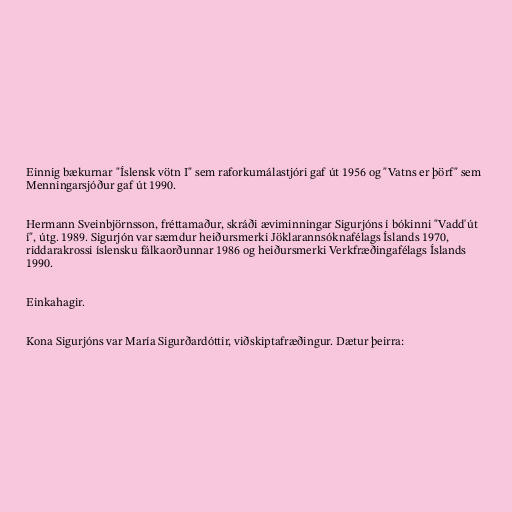
Einnig bækurnar "Íslensk vötn I" sem raforkumálastjóri gaf út 1956 og "Vatns er þörf" sem
Menningarsjóður gaf út 1990.

Hermann Sveinbjörnsson, fréttamaður, skráði æviminningar Sigurjóns í bókinni "Vadd'út
í", útg. 1989. Sigurjón var sæmdur heiðursmerki Jöklarannsóknafélags Íslands 1970,
riddarakrossi íslensku fálkaorðunnar 1986 og heiðursmerki Verkfræðingafélags Íslands
1990.

Einkahagir.

Kona Sigurjóns var María Sigurðardóttir, viðskiptafræðingur. Dætur þeirra: